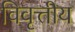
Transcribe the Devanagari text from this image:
विवृत्तीय